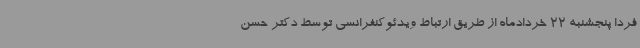
فردا پنجشنبه 22 خردادماه از طریق ارتباط ویدئوکنفرانسی توسط دکتر حسن